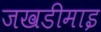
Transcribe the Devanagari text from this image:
जखडीमाइ